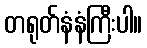
တရုတ်နံနံကြီးပါ။